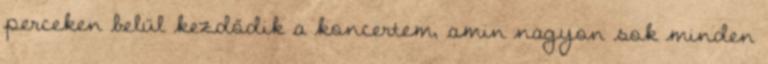
perceken belül kezdődik a koncertem, amin nagyon sok minden